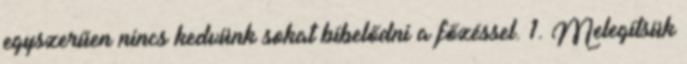
egyszerűen nincs kedvünk sokat bíbelődni a főzéssel. 1. Melegítsük